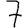
Digit: 7